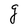
Character: g